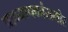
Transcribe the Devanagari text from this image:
प्राध्यापकांसमोर